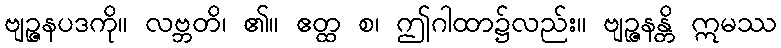
ဗျဉ္ဇနပဒကို။ လဗ္ဘတိ၊ ၏။ ဧတ္ထ စ၊ ဤဂါထာ၌လည်း။ ဗျဉ္ဇနန္တိ ဣမဿ